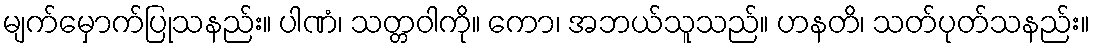
မျက်မှောက်ပြုသနည်း။ ပါဏံ၊ သတ္တဝါကို။ ကော၊ အဘယ်သူသည်။ ဟနတိ၊ သတ်ပုတ်သနည်း။